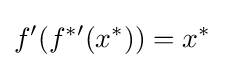
f'(f^{*\prime }(x^{*}))=x^{*}